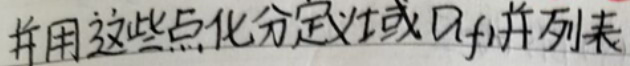
并用这些点划分定义域$D_{f}$并列表